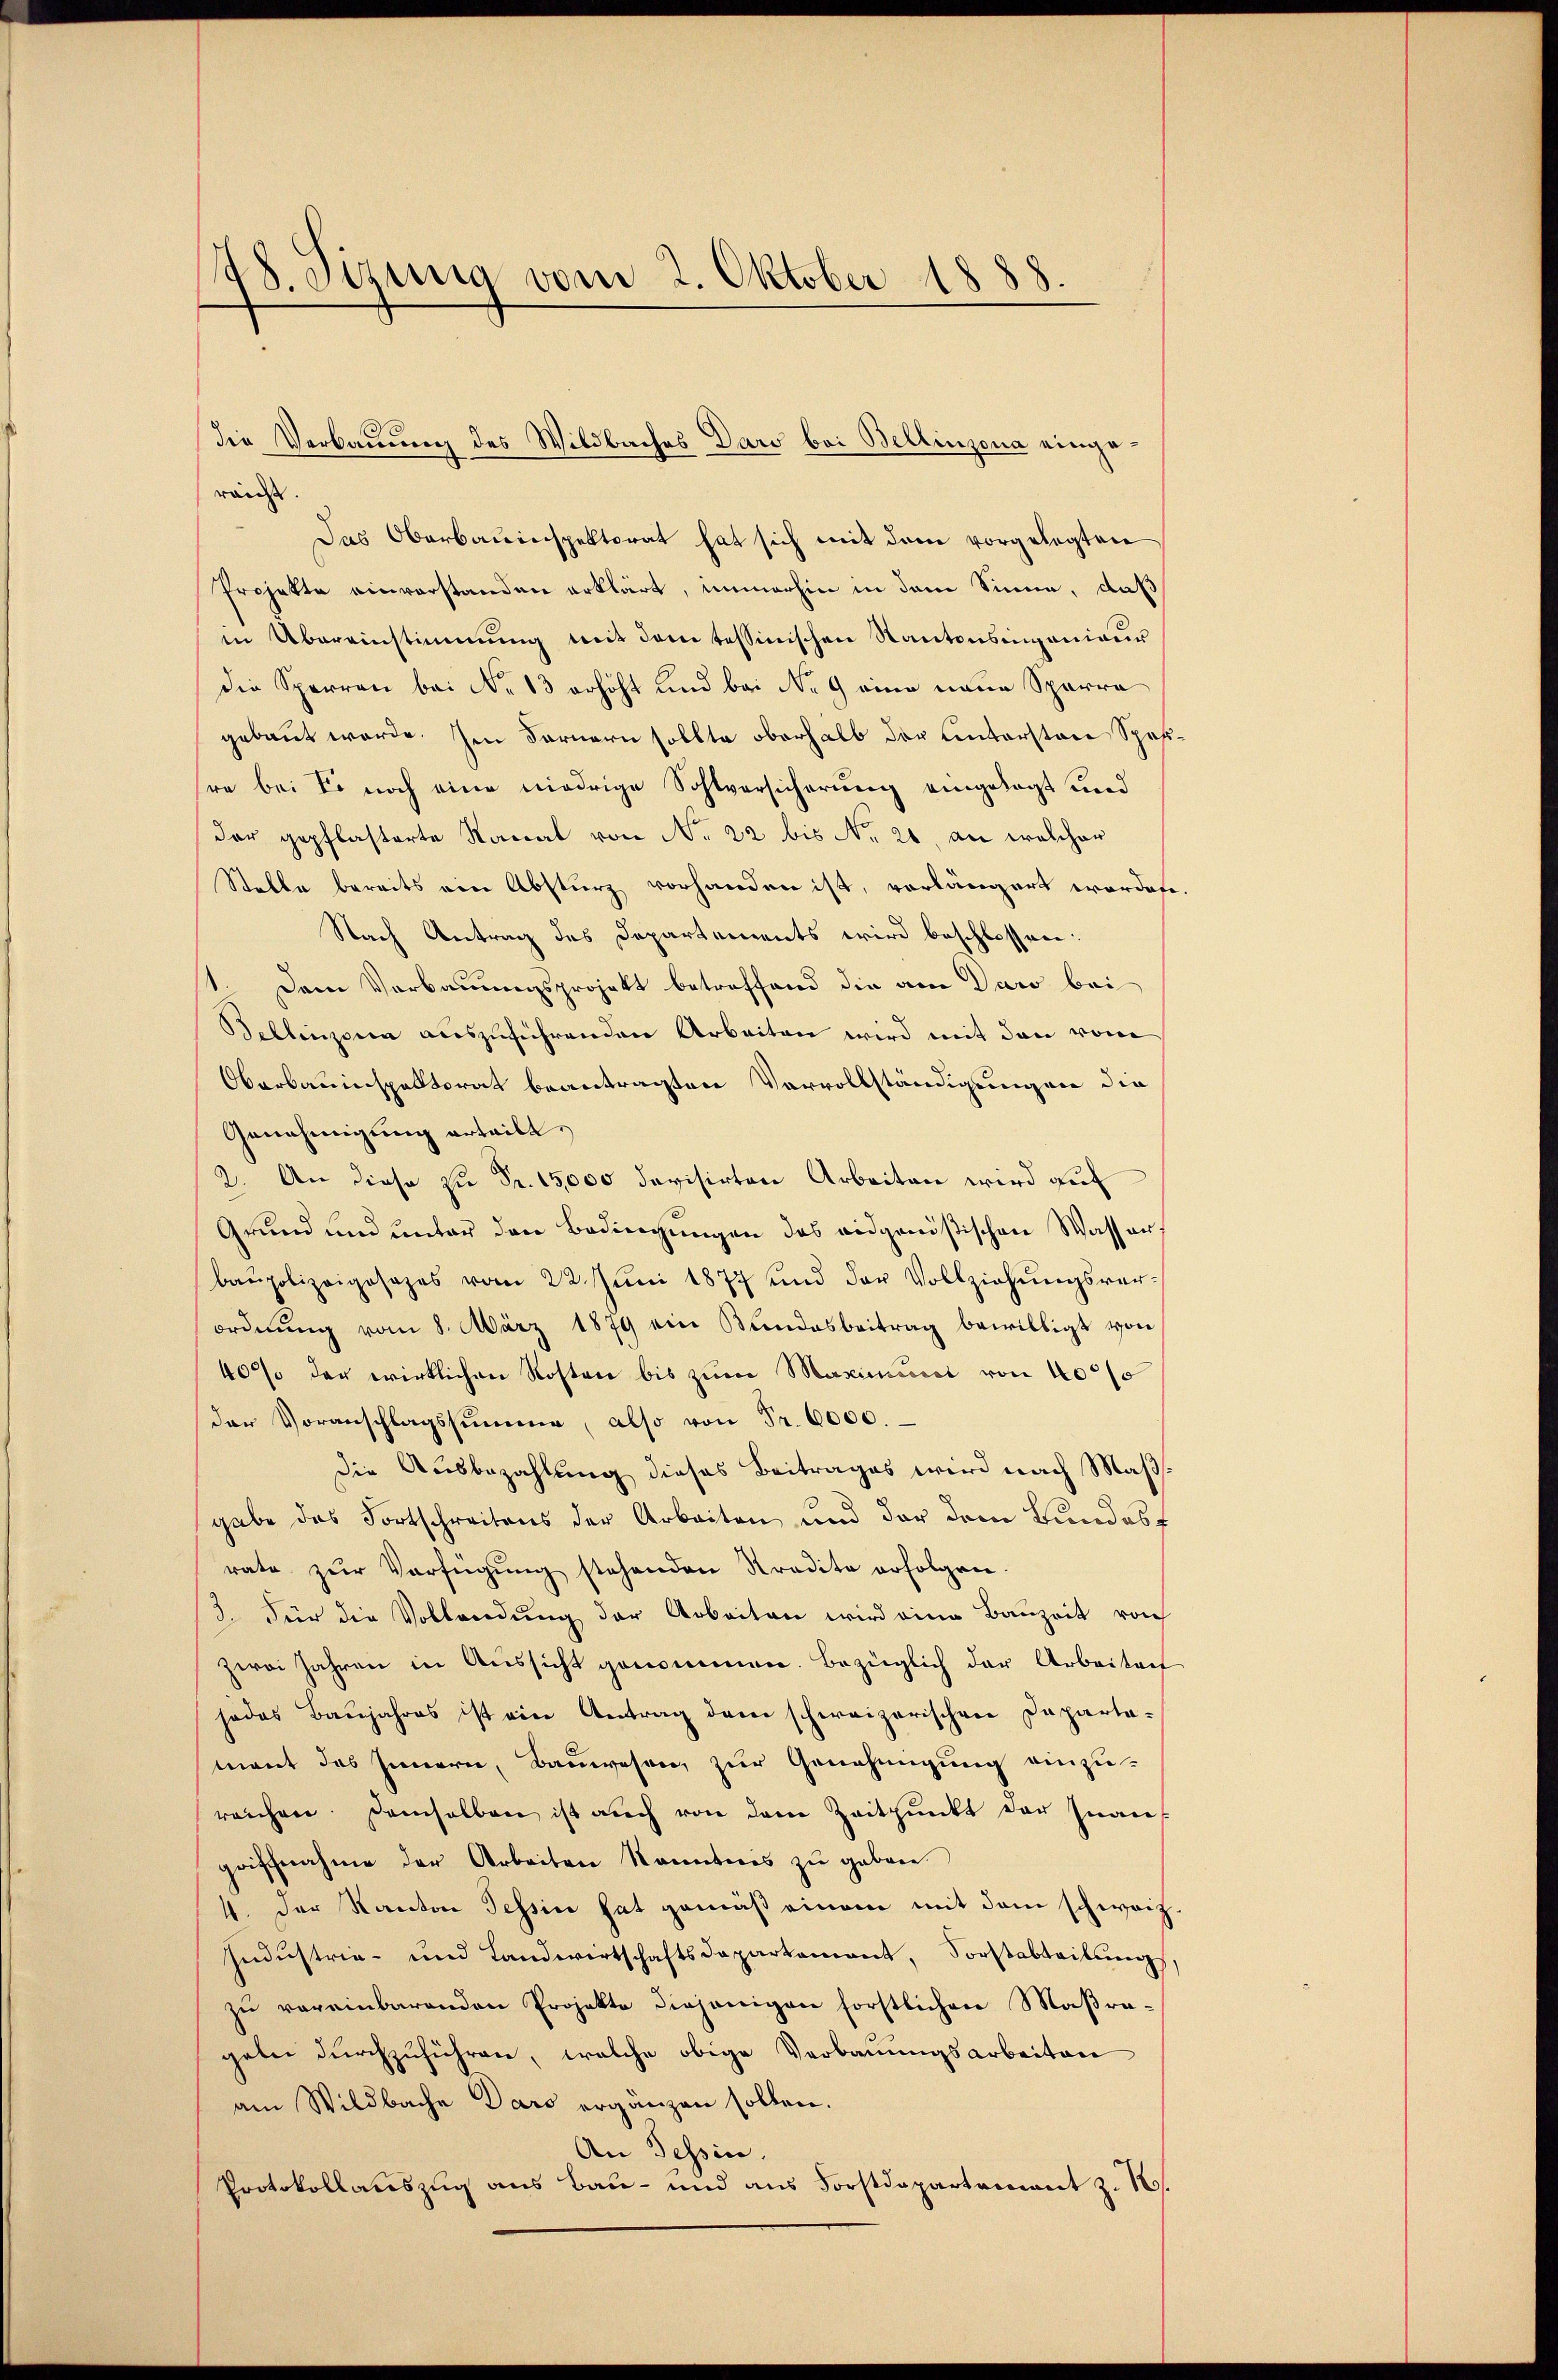
78. Sizinia vom 2. Oktober 1888.

waides
Das Oberbauinspektorat hat sich mit dem vorgelegten
Projekte einverstanden erklärt, immerhin in dem Sinne, daß
in Übereinstimmung mit dem tessinischen Kantonsingenieur
die Sperren bei No 13 erhöht und bei No 9 eine neue Sparra
gebaut werde. Im Fernern sollte oberhalb der Untersten Spes
sre bei So noch eine niedrige Sohlversicherung eingelegt und
Der gepflasterte Kanal von No 22 bis No 21. an welcher
Stelle bereits von Absturz vorhanden ist, vorlängert worden
Nach Antrag des Departements wird beschlossen:
Dem Verbauungsprojekt betreffend die am Daro bei
Tellinzona auszuführenden Arbeiten wird mit den vom
Oberbauinspektorat beantragten Vervollständigungen die
Genehmigŭng erteilt.
2. An diese zu Fr. 15,000 devisirten Arbeiten wird auf
Grund und unter den Bedingungen das eidgenößischen Wasser
baŭpolizeigesezes vom 22. Jŭni 1877 und der Vollziehŭngsver-
ordnŭng vom 8. März 1879 ein Bŭndesbeitrag bewilligt von
40% der wirklichen Kosten bis zum Maximum von 4000
der Voranschlagssumme, also von Fr. 6000.
die Ausbezahlung dieses Beitrages wird nach Maßgabe das Fortschreitens der Arbeiten und der dem Bundesf
rate zŭr Verfügŭng stehenden Kredite erfolgen.
3. Für die Vollendung der Arbeiten wird eine Bauzeit von
zwei Jahren in Aussicht genommen. Bezüglich der Arbeitenf
jedes Baŭjahres ist ein Antrag dem schweizerischen Departemant des Innern, Bauwesen, zur Genehmigung einzu-
reichen demselben ist auch von dem Zeitpunkt der Inan-
griffnahme der Arbeiten kanntnis zu geben.
4. Der Kanton Tessin hat gemäß einem mit dem schweiz
Industria- und Landwirtschaftsdepartement, Forstabteilung,
zŭ vereinbarenden Projekte diejenigen förstlichen Maßrageln durchzuführen, welche obige Verbauungsarbeiten
am Wildbache Daro ergänzen sollen.
An Tessin.
Protokollauszug aus Bau- und aus Forstdepartement z. R.

die Verbauung des Wildbaches Daro bei Bellinzona einge¬